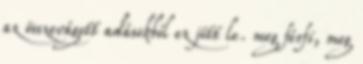
az összevágott adásokból ez jött le. meg férfi, meg